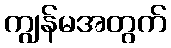
ကျွန်မအတွက်